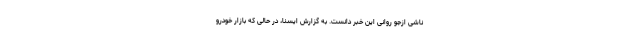
ناشی ازجو روانی این خبر دانست. به گزارش ایسنا، در حالی که بازار خودرو